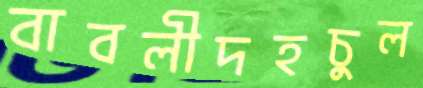
বাবলীদহচুল